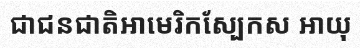
ជាជនជាតិអាមេរិកស្បែកស អាយុ